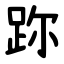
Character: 䟢